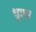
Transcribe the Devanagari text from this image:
धृश्य